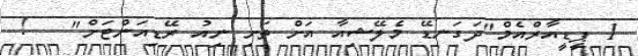
1 ޕީޑީއާރްއެމް"ދަގަނޑޭ މެލޭޝިއާ އަށް ތަށި ނިއު ރޭޑިއަންޓަށް"   !